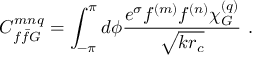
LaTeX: C _ { f \bar { f } G } ^ { m n q } = \int _ { - \pi } ^ { \pi } d \phi \frac { e ^ { \sigma } f ^ { ( m ) } f ^ { ( n ) } \chi _ { G } ^ { ( q ) } } { \sqrt { k r _ { c } } } \, \, .